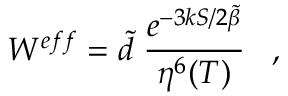
W ^ { e f f } = \tilde { d } \; \frac { e ^ { { - 3 k S } / { 2 \tilde { \beta } } } } { \eta ^ { 6 } ( T ) } \; \; \; ,